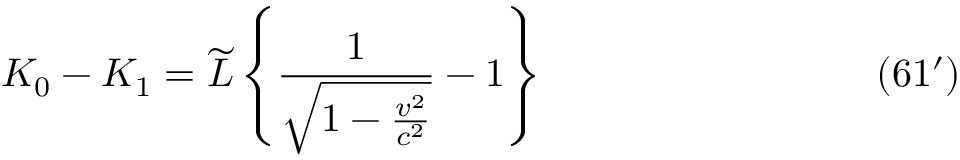
K _ { 0 } - K _ { 1 } = \widetilde L \left\{ \frac { 1 } { \sqrt { 1 - \frac { v ^ { 2 } } { c ^ { 2 } } } } - 1 \right\} \eqno ( 6 1 ^ { \prime } )